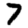
Digit: 7